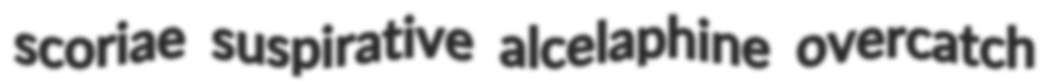
scoriae suspirative alcelaphine overcatch